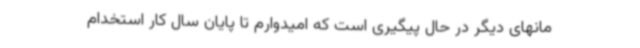
مانهای دیگر در حال پیگیری است که امیدوارم تا پایان سال کار استخدام